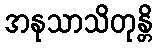
အနုသာသိတုန္တိ